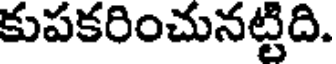
కుపకరించునట్టిది.